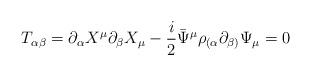
LaTeX: \begin{align*}T_{\alpha\beta}=\partial_{\alpha}X^{\mu }\partial_{\beta}X_{\mu }- \frac{i}{2}\bar{\Psi}^{\mu}\rho_{(\alpha}\partial_{\beta )}\Psi_{\mu}=0\end{align*}